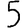
Digit: 5